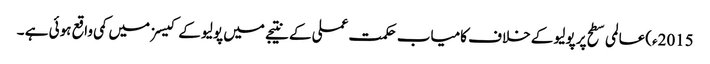
2015ء)عالمی سطح پر پولیو کے خلاف کامیاب حکمت عملی کے نتیجے میں پولیو کے کیسز میں کمی واقع ہوئی ہے ۔